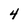
Character: 4